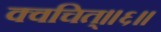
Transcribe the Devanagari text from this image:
क्वचित्॥६॥